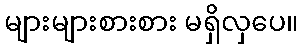
များများစားစား မရှိလှပေ။